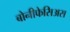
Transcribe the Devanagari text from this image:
बोनीफेसिअस